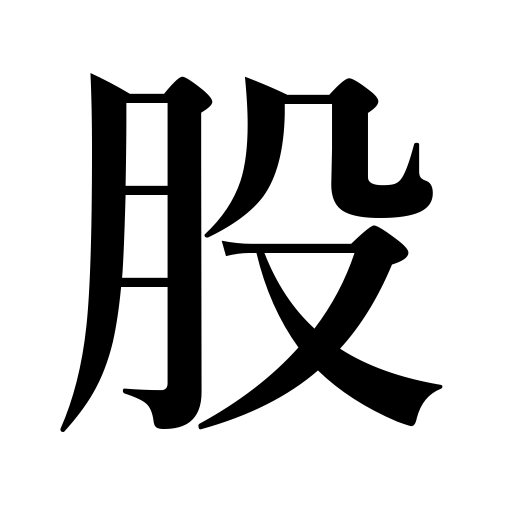
Meanings: ply,strand,yarn,crotch,groin,thigh